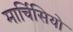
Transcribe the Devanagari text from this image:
मार्चिसियो